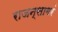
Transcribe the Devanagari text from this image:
राजन्सागरं